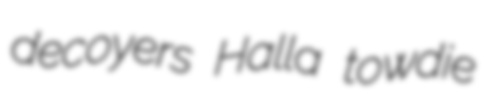
decoyers Halla towdie